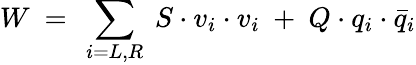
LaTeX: W~=~\sum_{i=L,R}~S\cdot v_{i}\cdot v_{i}~+~Q\cdot q_{i}\cdot\bar{q}_{i}